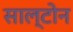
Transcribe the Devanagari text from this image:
साल्टोन